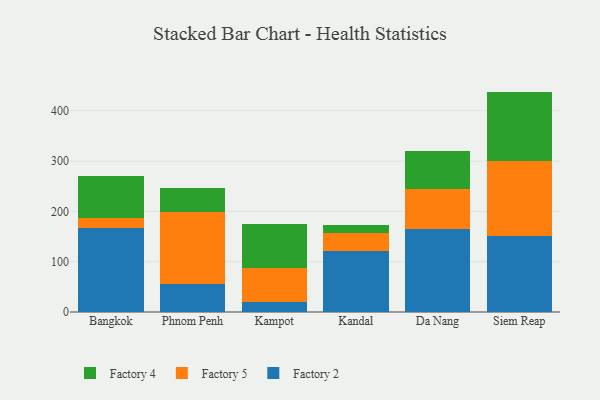
{"axis": {"x": "City", "y": "LTV (USD)"}, "legend": ["Factory 2", "Factory 4", "Factory 5"], "data": [{"x": "Bangkok", "y": 167.4, "type": "Factory 2"}, {"x": "Bangkok", "y": 19.6, "type": "Factory 5"}, {"x": "Bangkok", "y": 82.7, "type": "Factory 4"}, {"x": "Phnom Penh", "y": 55.1, "type": "Factory 2"}, {"x": "Phnom Penh", "y": 143.2, "type": "Factory 5"}, {"x": "Phnom Penh", "y": 48.5, "type": "Factory 4"}, {"x": "Kampot", "y": 20.1, "type": "Factory 2"}, {"x": "Kampot", "y": 67.6, "type": "Factory 5"}, {"x": "Kampot", "y": 86.6, "type": "Factory 4"}, {"x": "Kandal", "y": 121.0, "type": "Factory 2"}, {"x": "Kandal", "y": 35.4, "type": "Factory 5"}, {"x": "Kandal", "y": 15.9, "type": "Factory 4"}, {"x": "Da Nang", "y": 164.6, "type": "Factory 2"}, {"x": "Da Nang", "y": 79.5, "type": "Factory 5"}, {"x": "Da Nang", "y": 76.7, "type": "Factory 4"}, {"x": "Siem Reap", "y": 150.3, "type": "Factory 2"}, {"x": "Siem Reap", "y": 149.5, "type": "Factory 5"}, {"x": "Siem Reap", "y": 138.3, "type": "Factory 4"}]}